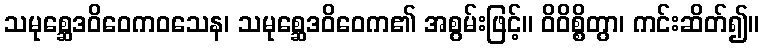
သမုစ္ဆေဒဝိဝေကဝသေန၊ သမုစ္ဆေဒဝိဝေက၏ အစွမ်းဖြင့်။ ဝိဝိစ္စိတွာ၊ ကင်းဆိတ်၍။